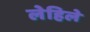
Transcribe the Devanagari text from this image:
लेहिले